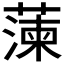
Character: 𮑔